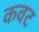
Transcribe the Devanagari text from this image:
कवट